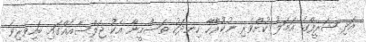
އަދި ޝަރީފްގެ އަމަލު ކުށްވެރި ނުކުރާހާ ހިނދަކު ތަސްމީނާ އެކު ޖަލްސާއެއްގައި ބައިވެރިވެ